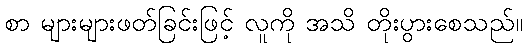
စာ များများဖတ်ခြင်းဖြင့် လူကို အသိ တိုးပွားစေသည်။